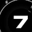
Digit: 7